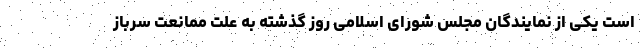
است یکی از نمایندگان مجلس شورای اسلامی روز گذشته به علت ممانعت سرباز